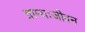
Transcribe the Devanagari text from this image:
ग्राम्यःजीवन